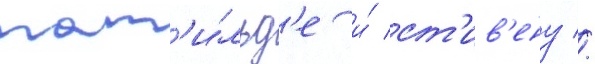
мат'и́льд'е и́ ст'ив'ену //